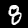
Digit: 8